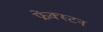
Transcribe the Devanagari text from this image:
फ्रेंक्स्टन